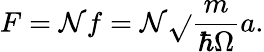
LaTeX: F=\mathcal{N}f=\mathcal{N}\sqrt{}{{\frac{{m}}{{\hbar\Omega}}}}a.